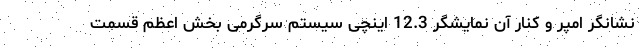
نشانگر امپر و کنار آن نمایشگر 12.3 اینچی سیستم سرگرمی بخش اعظم قسمت